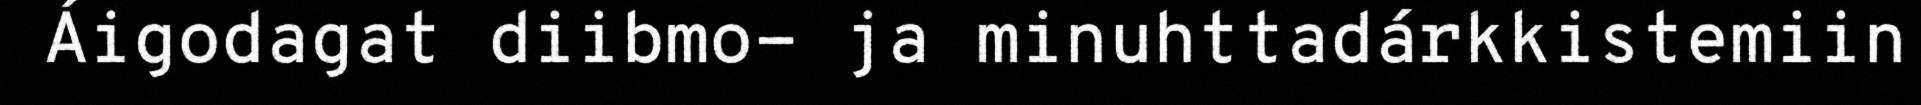
Áigodagat diibmo- ja minuhttadárkkistemiin